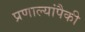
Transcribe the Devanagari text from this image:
प्रणाल्यांपैकी